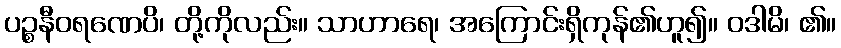
ပဉ္စနီဝရဏေပိ၊ တို့ကိုလည်း။ သာဟာရေ၊ အကြောင်းရှိကုန်၏ဟူ၍။ ဝဒါမိ၊ ၏။